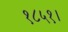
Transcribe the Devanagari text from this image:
१८५१।